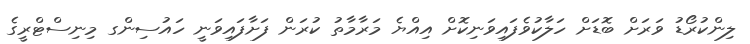
ލިންކުރޯޑު ވަރަށް ބޮޑަށް ހަލާކުވެފައިވަނިކޮށް އިއްޔެ މަރާމާތު ކުރަން ފަށާފައިވަނީ ހައުސިންގ މިނިސްޓްރީގެ